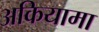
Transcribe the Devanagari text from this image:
अकियामा